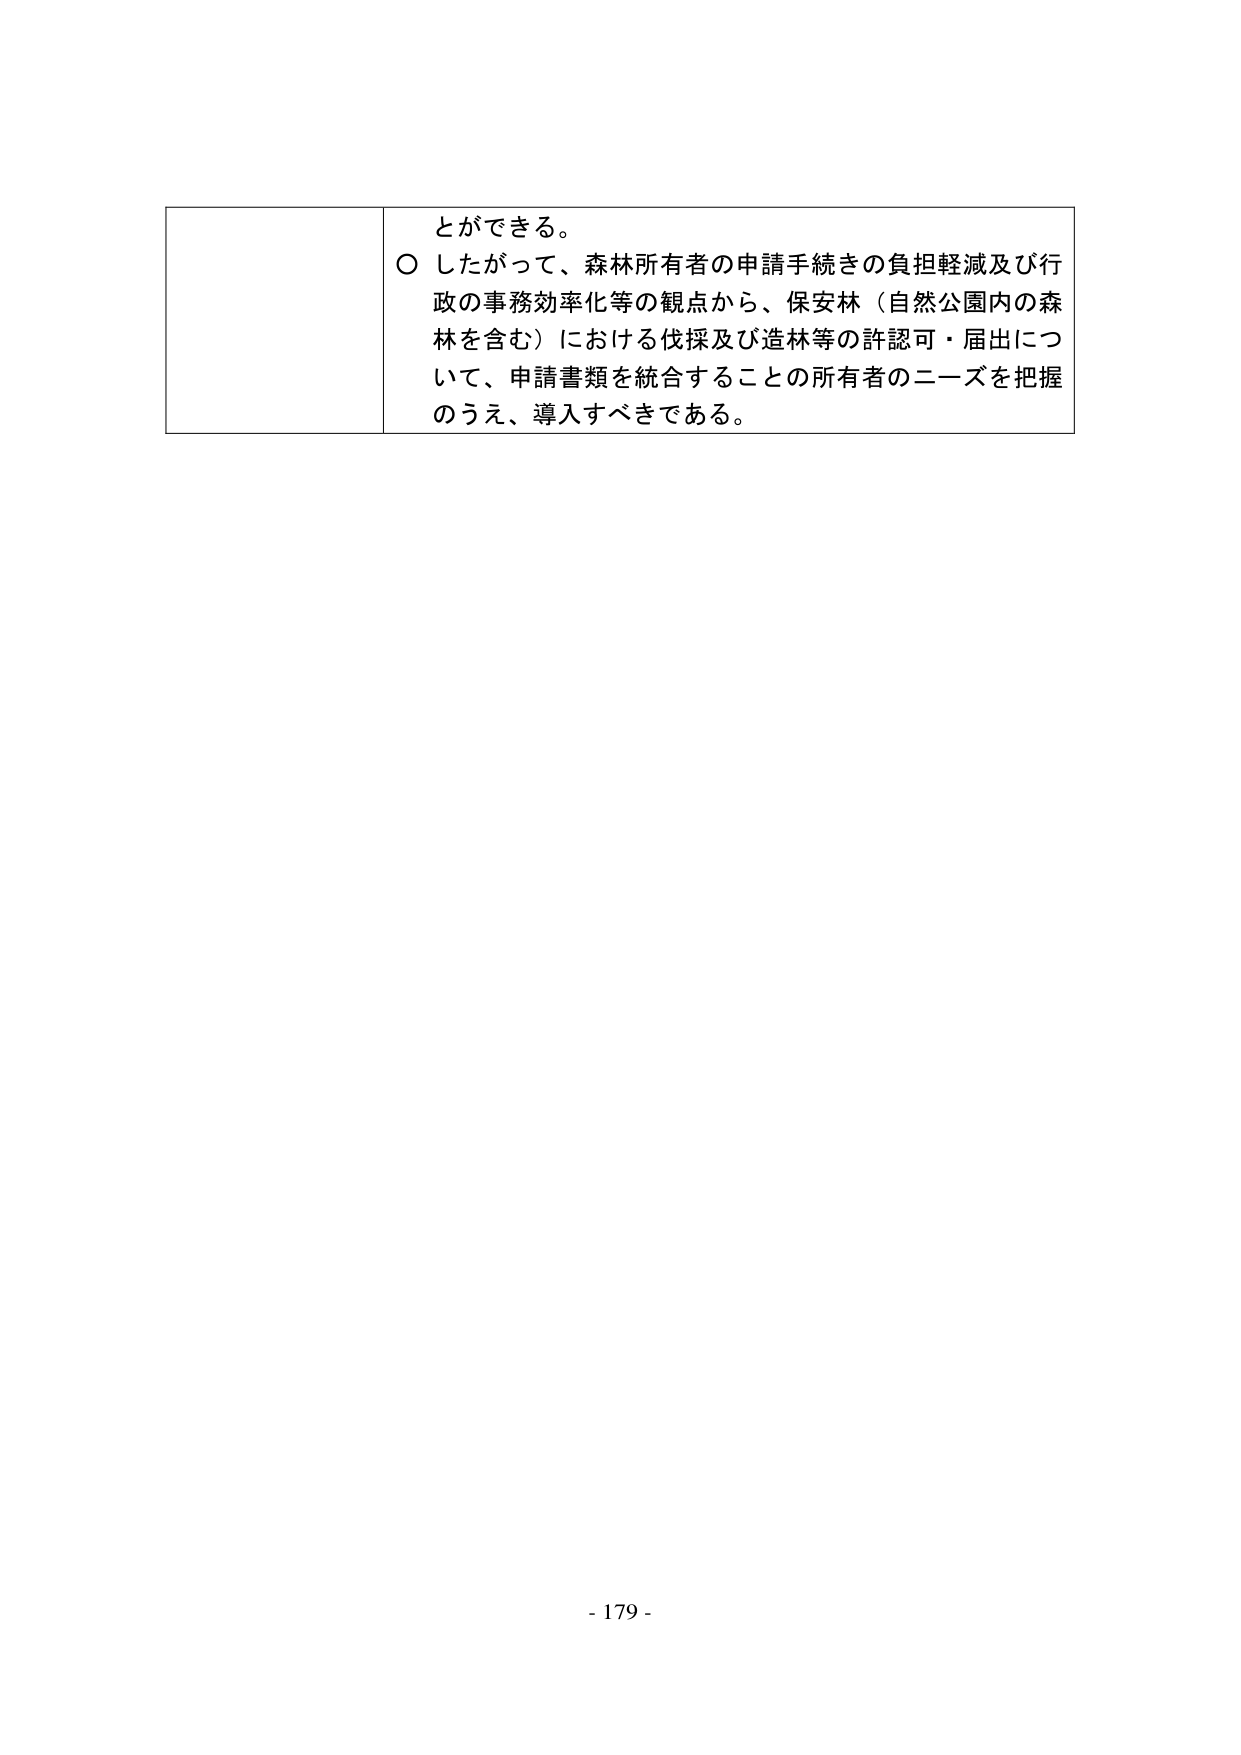
とができる。
○ したがって、森林所有者の申請手続きの負担軽減及び行政の事務効率化等の観点から、保安林（自然公園内の森林を含む）における伐採及び造林等の許認可・届出について、申請書類を統合することの所有者のニーズを把握のうえ、導入すべきである。
- 179 -